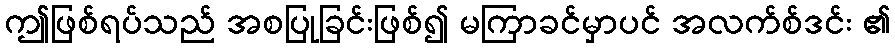
ဤဖြစ်ရပ်သည် အစပြုခြင်းဖြစ်၍ မကြာခင်မှာပင် အလက်စ်ဒင်း ၏